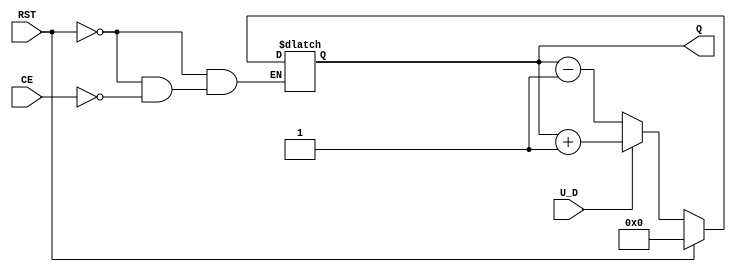
module up_down_counter #(
    parameter N = 4  // Number of bits in the counter
) (
    input wire U_D,      // Up/Down control signal (1 = up, 0 = down)
    input wire CE,       // Count Enable signal
    input wire RST,      // Asynchronous Reset signal
    output reg [N-1:0] Q // Count value output
);

    // Asynchronous reset and counting logic
    always @(*) begin
        if (RST) begin
            Q = 0; // Reset the counter to zero
        end else if (CE) begin
            if (U_D) begin
                Q = Q + 1; // Increment the counter
            end else begin
                Q = Q - 1; // Decrement the counter
            end
        end
    end

endmodule